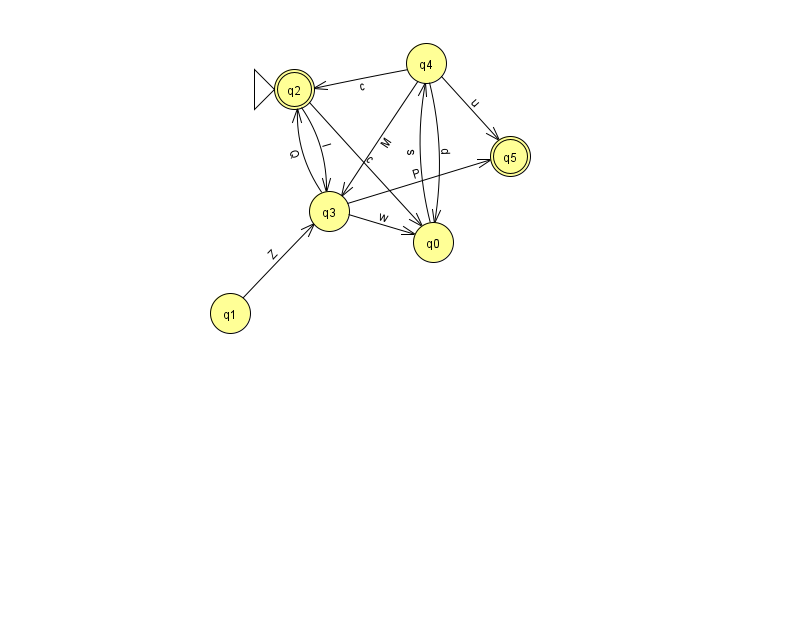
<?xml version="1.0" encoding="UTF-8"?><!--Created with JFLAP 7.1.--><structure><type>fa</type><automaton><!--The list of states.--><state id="0" name="q0"><x>433.0</x><y>229.0</y></state><state id="1" name="q1"><x>230.0</x><y>300.0</y></state><state id="2" name="q2"><x>294.0</x><y>76.0</y><initial/><final/></state><state id="3" name="q3"><x>329.0</x><y>198.0</y></state><state id="4" name="q4"><x>426.0</x><y>50.0</y></state><state id="5" name="q5"><x>510.0</x><y>143.0</y><final/></state><!--The list of transitions.--><transition><from>2</from><to>3</to><read>I</read></transition><transition><from>2</from><to>0</to><read>c</read></transition><transition><from>1</from><to>3</to><read>Z</read></transition><transition><from>4</from><to>5</to><read>u</read></transition><transition><from>3</from><to>0</to><read>w</read></transition><transition><from>3</from><to>2</to><read>Q</read></transition><transition><from>4</from><to>0</to><read>d</read></transition><transition><from>4</from><to>2</to><read>c</read></transition><transition><from>0</from><to>4</to><read>s</read></transition><transition><from>4</from><to>3</to><read>M</read></transition><transition><from>3</from><to>5</to><read>P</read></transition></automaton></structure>